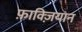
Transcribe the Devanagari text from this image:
फ़ाक्ज़ियान